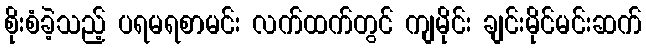
စိုးစံခဲ့သည့် ပရမရစာမင်း လက်ထက်တွင် ကျမိုင်း ချင်းမိုင်မင်းဆက်